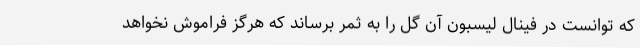
که توانست در فینال لیسبون آن گل را به ثمر برساند که هرگز فراموش نخواهد